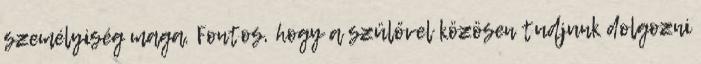
személyiség maga. Fontos, hogy a szülővel közösen tudjunk dolgozni